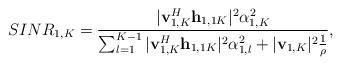
LaTeX: \begin{align*}&SINR_{1,K} = \frac{|\mathbf{v}_{1,K}^H\mathbf{h}_{1,1K}|^2 \alpha_{1,K}^2 }{ \sum^{K-1}_{l=1}|\mathbf{v}_{1,K}^H\mathbf{h}_{1,1K} |^2 \alpha_{1,l}^2 +|\mathbf{v}_{1,K}|^2\frac{1}{\rho}},\end{align*}